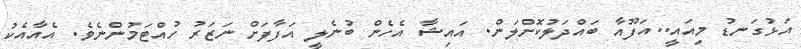
އަޅުގަނޑު މިއައީ..އަފޫއާ ބައްދަލުކޮށްލަން. އައިޝާ އެހެން ބުނެލީ އަފާފަށް ނަޒަރު ހުއްޓަމުންނެވެ. އެއާއެކު